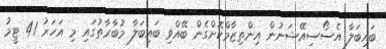
ބައިބަލާ އެސޯސިއޭޝަނުން އިންތިޒާމްކޮށްގެން ބޭއްވި ބައިބަލާ މުބާރާތުގައި މި އަހަރު 41 ޓީމު